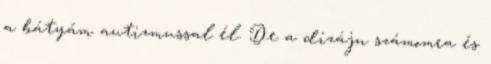
a bátyám autizmussal él. De a dizájn számomra és